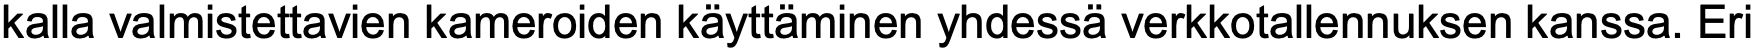
kalla valmistettavien kameroiden käyttäminen yhdessä verkkotallennuksen kanssa. Eri